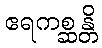
ဧရကစ္ဆန္တိ